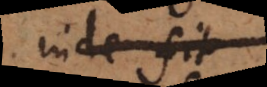
inde fit